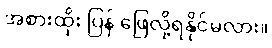
အစားထိုး ပြန် ဖြေလို့ရနိုင်မလား။